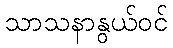
သာသနာနွယ်ဝင်